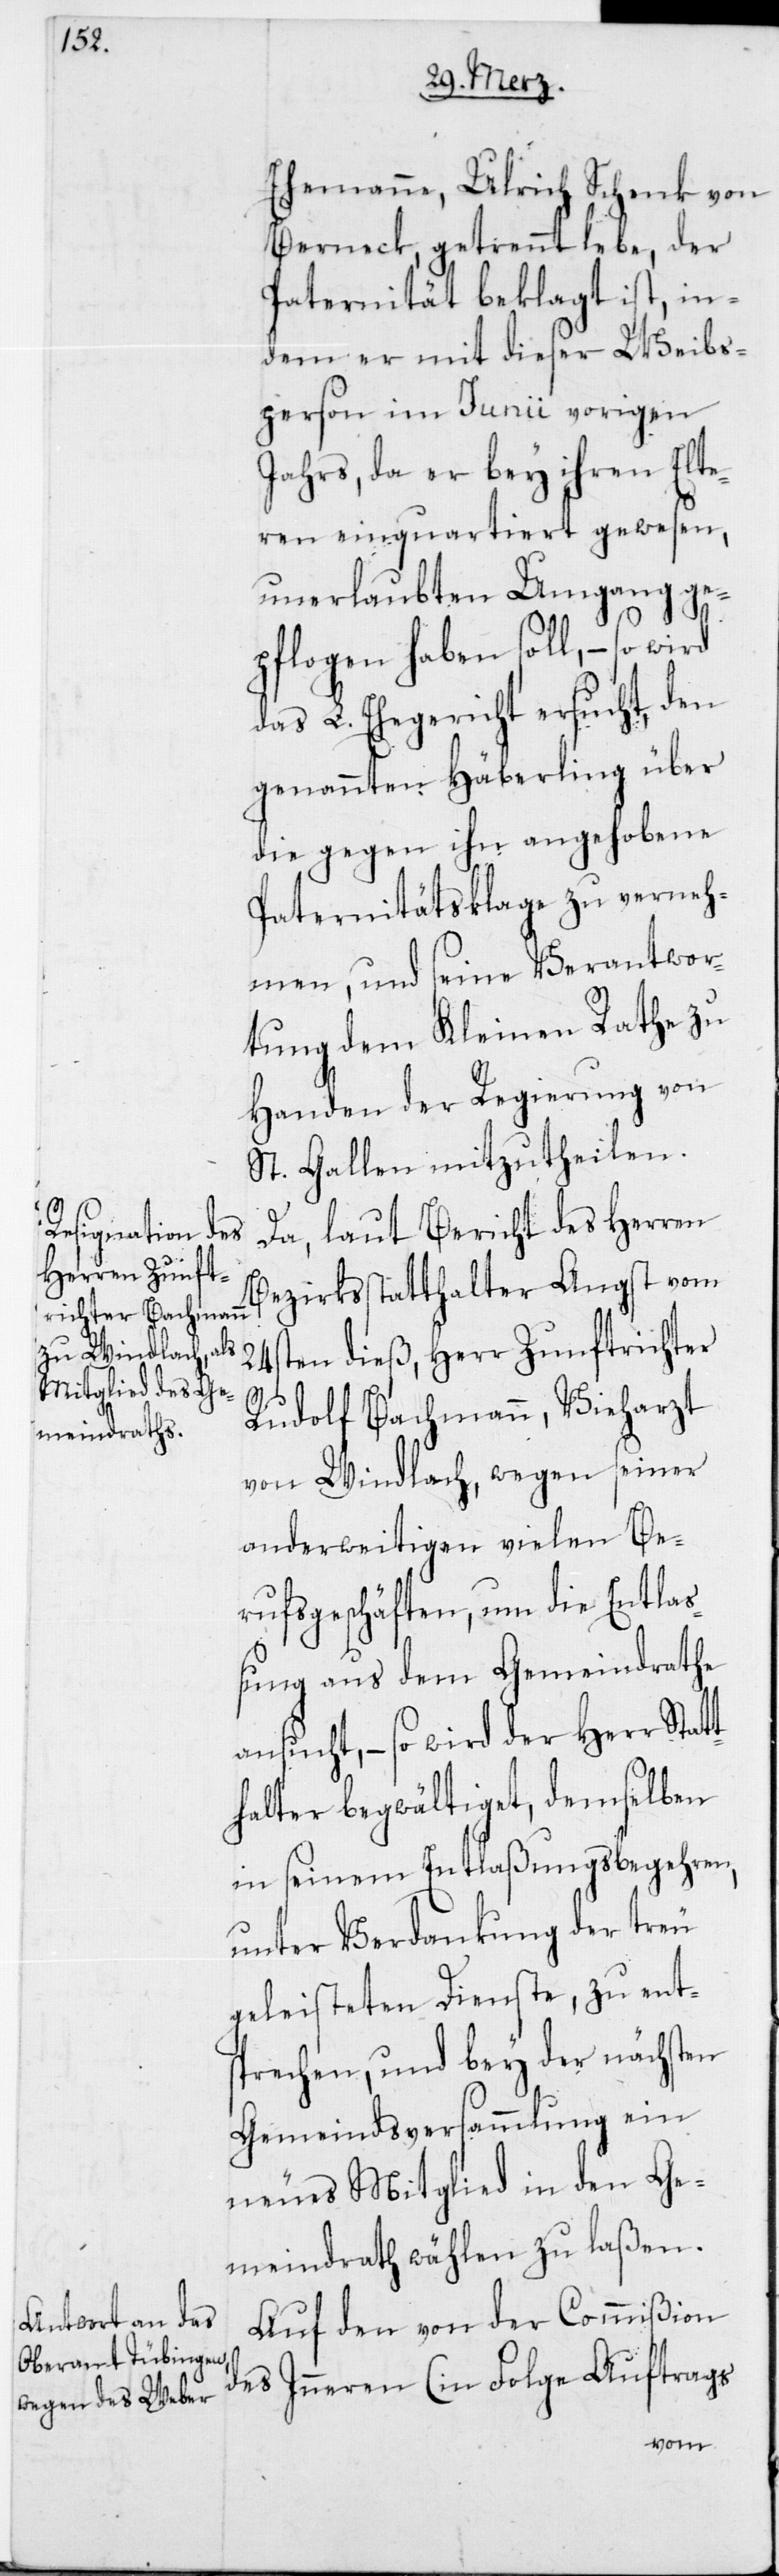
Ehemann, Ulrich Schenk von
Berneck, getrennt lebe, der
Paternität beklagt ist, in¬
dem er mit dieser Weibs¬
person im Junii vorigen
Jahrs, da er bey ihren Elte¬
ren einquartiert gewesen,
unerlaubten Umgang ge¬
pflogen haben soll, – so
das L. Ehegericht ersucht, den
genannten Häberling über
die gegen ihn angehobene
Paternitätsklage zu verneh¬
men, und seine Verantwor¬
tung dem Kleinen Rathe zu
Handen der Regierung von
St. Gallen mitzutheilen.
Da, laut Bericht des Herren
Bezirksstatthalter Angst vom
24sten dieß, Herr Zunftrichter
Rudolf Bachmann, Vieharzt
von Windlach, wegen seiner
anderweitigen vielen Be¬
rufsgeschäften, um die Entla¬
ßung aus dem Gemeindrathe
ansucht, – so wird der Herr Statt¬
halter begwältiget, demselben
in seinem Entlaßungsbegehren,
unter Verdankung der treu
geleisteten Dienste, zu ents¬
prechen, und bey der nächsten
Gemeindsversammlung ein
neues Mitglied in den Ge¬
meindrath wählen zu laßen.
Auf den von der Commißion
des Inneren (in Folge Auftrags